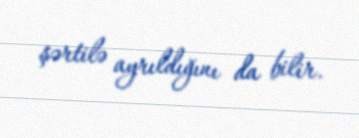
şərtilə ayrıldığını da bilir.